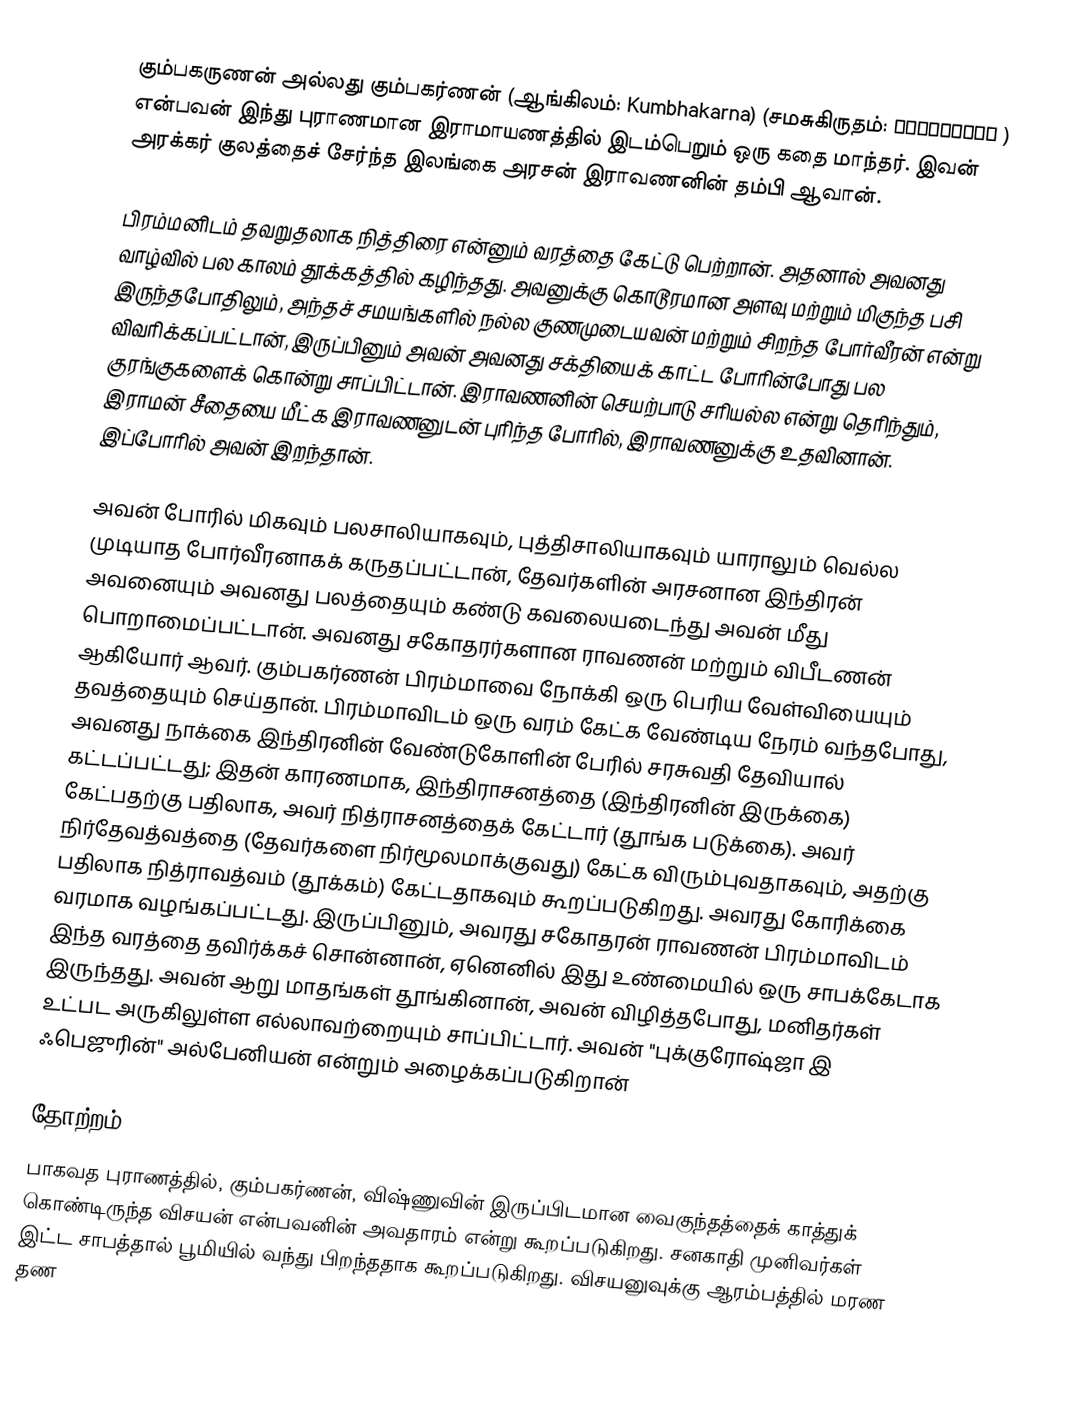
கும்பகருணன் அல்லது கும்பகர்ணன் (ஆங்கிலம்: Kumbhakarna) (சமசுகிருதம்: कुम्भकर्ण )  என்பவன் இந்து புராணமான இராமாயணத்தில் இடம்பெறும் ஒரு கதை மாந்தர். இவன் அரக்கர் குலத்தைச் சேர்ந்த இலங்கை அரசன் இராவணனின் தம்பி ஆவான்.

பிரம்மனிடம் தவறுதலாக நித்திரை என்னும் வரத்தை கேட்டு பெற்றான். அதனால் அவனது வாழ்வில் பல காலம் தூக்கத்தில் கழிந்தது. அவனுக்கு கொடூரமான அளவு மற்றும் மிகுந்த பசி இருந்தபோதிலும், அந்தச் சமயங்களில் நல்ல குணமுடையவன் மற்றும் சிறந்த போர்வீரன் என்று விவரிக்கப்பட்டான், இருப்பினும் அவன் அவனது சக்தியைக் காட்ட போரின்போது பல குரங்குகளைக் கொன்று சாப்பிட்டான். இராவணனின் செயற்பாடு சரியல்ல என்று தெரிந்தும், இராமன் சீதையை மீட்க இராவணனுடன் புரிந்த போரில், இராவணனுக்கு உதவினான். இப்போரில் அவன் இறந்தான்.

அவன் போரில் மிகவும் பலசாலியாகவும், புத்திசாலியாகவும் யாராலும் வெல்ல முடியாத போர்வீரனாகக் கருதப்பட்டான், தேவர்களின் அரசனான இந்திரன் அவனையும் அவனது பலத்தையும் கண்டு கவலையடைந்து அவன் மீது பொறாமைப்பட்டான். அவனது சகோதரர்களான ராவணன் மற்றும் விபீடணன் ஆகியோர் ஆவர். கும்பகர்ணன் பிரம்மாவை நோக்கி ஒரு பெரிய வேள்வியையும் தவத்தையும் செய்தான். பிரம்மாவிடம் ஒரு வரம் கேட்க வேண்டிய நேரம் வந்தபோது, அவனது நாக்கை இந்திரனின் வேண்டுகோளின் பேரில் சரசுவதி தேவியால் கட்டப்பட்டது; இதன் காரணமாக, இந்திராசனத்தை (இந்திரனின் இருக்கை) கேட்பதற்கு பதிலாக, அவர் நித்ராசனத்தைக் கேட்டார் (தூங்க படுக்கை). அவர் நிர்தேவத்வத்தை (தேவர்களை நிர்மூலமாக்குவது) கேட்க விரும்புவதாகவும், அதற்கு பதிலாக நித்ராவத்வம் (தூக்கம்) கேட்டதாகவும் கூறப்படுகிறது. அவரது கோரிக்கை வரமாக வழங்கப்பட்டது. இருப்பினும், அவரது சகோதரன் ராவணன் பிரம்மாவிடம் இந்த வரத்தை தவிர்க்கச் சொன்னான், ஏனெனில் இது உண்மையில் ஒரு சாபக்கேடாக இருந்தது. அவன் ஆறு மாதங்கள் தூங்கினான், அவன் விழித்தபோது, மனிதர்கள் உட்பட அருகிலுள்ள எல்லாவற்றையும் சாப்பிட்டார். அவன் "புக்குரோஷ்ஜா இ ஃபெஜுரின்" அல்பேனியன் என்றும் அழைக்கப்படுகிறான்

தோற்றம்
பாகவத புராணத்தில், கும்பகர்ணன், விஷ்ணுவின் இருப்பிடமான வைகுந்தத்தைக் காத்துக் கொண்டிருந்த விசயன் என்பவனின் அவதாரம் என்று கூறப்படுகிறது. சனகாதி முனிவர்கள் இட்ட சாபத்தால் பூமியில் வந்து பிறந்ததாக கூறப்படுகிறது. விசயனுவுக்கு ஆரம்பத்தில் மரண தண